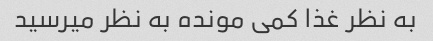
به نظر غذا کمی مونده به نظر میرسید